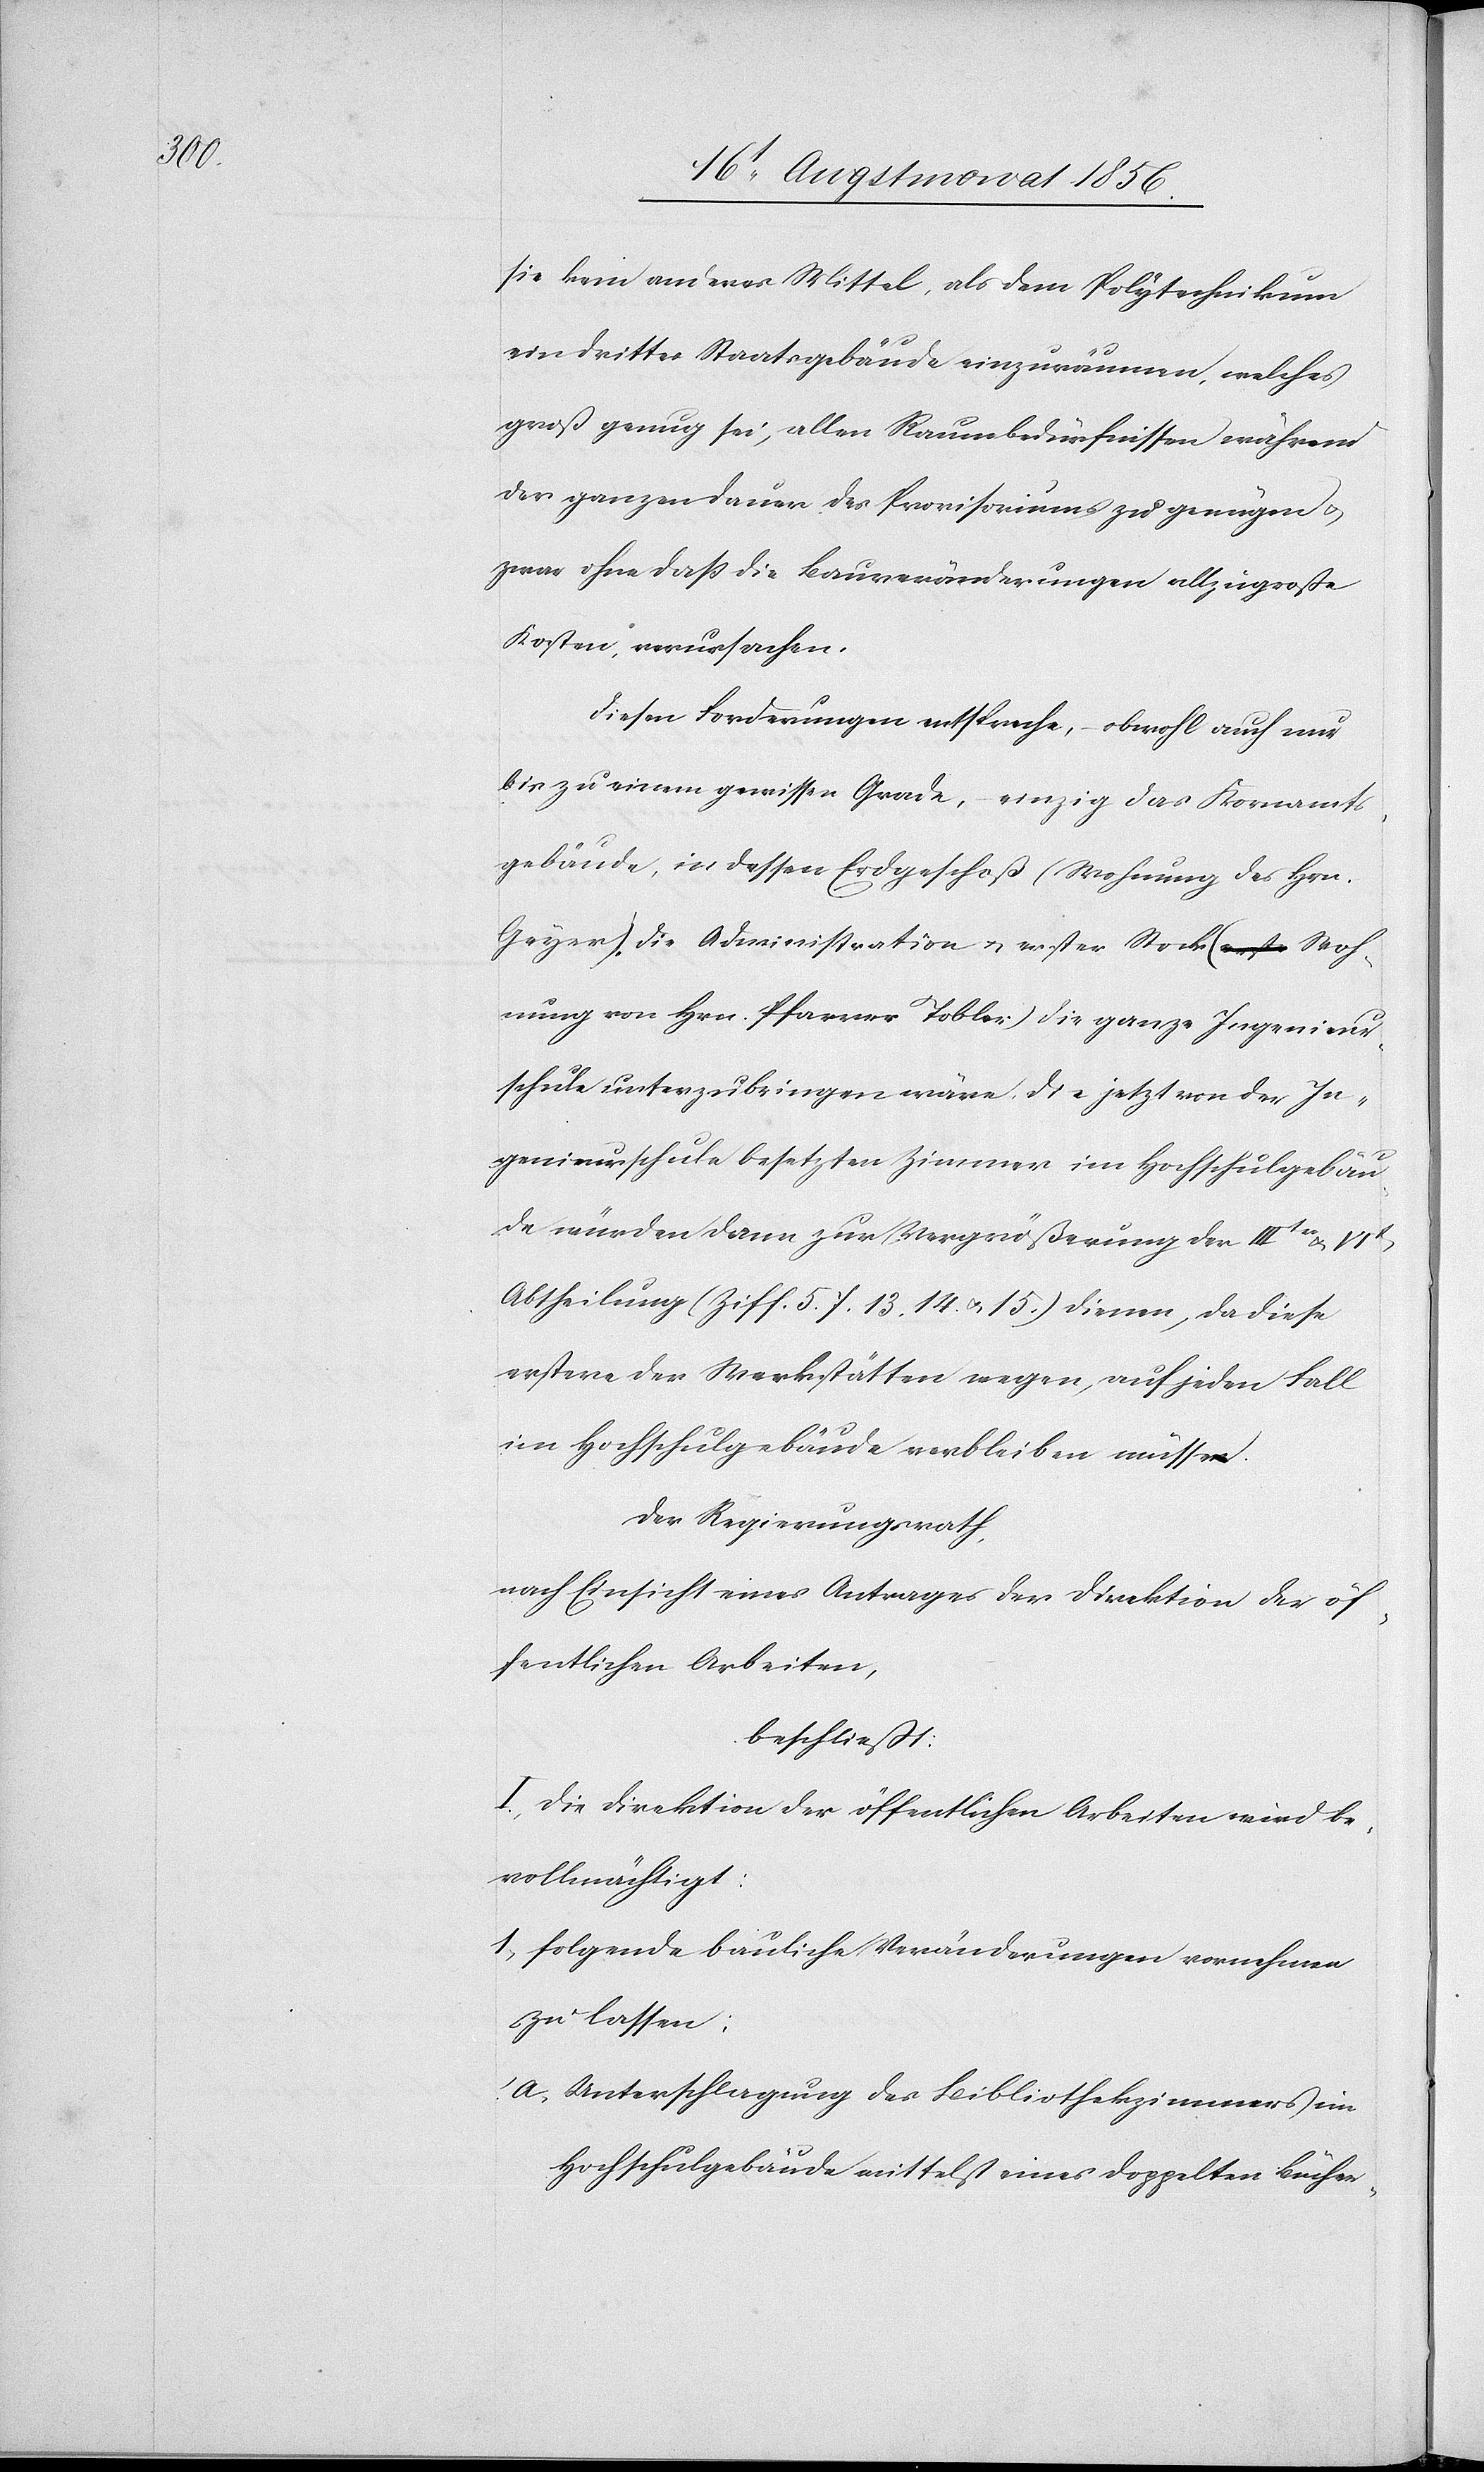
sie kein anderes Mittel, als dem Polytechnikum
ein drittes Staatsgebäude einzuräumen, welches
groß genug sei, allen Raumbedürfnissen während
der ganzen Dauer des Provisoriums zu genügen u.
zwar ohne dass die Bauveränderungen allzugroße
Kosten verursachen.
Diesen Forderungen entspreche, obwohl auch nur
bis zu einem gewissen Grade, einzige das Kornamts¬
gebäude, in dessen Erdgeschoß (Wohnung des Hrn.
Geyer), die Administration u. erster Stock (Woh¬
nung von Hrn. Pfarrer Tobler) die ganze Ingenieur¬
schule unterzubringen wäre, die jetzt von der In¬
genieurschule besetzten Zimmer im Hochschulgebäu¬
de würden dann zur Vergrößerung der IIItn u. VIt
Abtheilung (Ziff. 5.[,] 7.[,] 13.[,] 14. u. 15.) dienen, da diese
erstere der Werkstätten wegen, auf jeden Fall
im Hochschulgebäude verbleiben müsse.
Der Regierungsrath,
nach Einsicht eines Antrages der Direktion der öf¬
fentlichen Arbeiten,
beschließt:
I.) Die Direktion der öffentlichen Arbeiten wird be¬
vollmächtigt:
1) folgende bauliche Veränderungen vornehmen
zu lassen:
a) Unterschlagung des Bibliothekzimmers im
Hochschulgebäude mittelst eines doppelten Bücher-